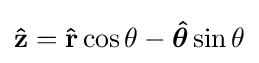
\mathbf {\hat {z}} =\mathbf {\hat {r}} \cos \theta -{\boldsymbol {\hat {\theta }}}\sin \theta